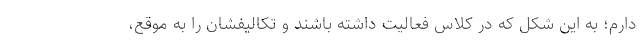
دارم؛ به این شکل که در کلاس فعالیت داشته باشند و تکالیفشان را به موقع،